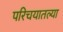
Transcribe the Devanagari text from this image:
परिचयातल्या